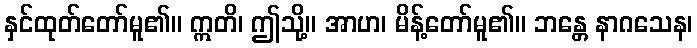
နှင်ထုတ်တော်မူ၏။ ဣတိ၊ ဤသို့။ အာဟ၊ မိန့်တော်မူ၏။ ဘန္တေ နာဂသေန၊